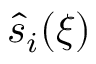
\hat { s } _ { i } ( \xi )